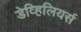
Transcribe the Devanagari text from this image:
डेव्हिलियर्स